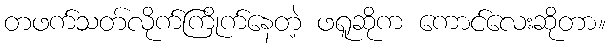
တဖက်သတ်လိုက်ကြိုက်နေတဲ့ ဖရူဆိုက ကောင်လေးဆိုတာ။